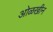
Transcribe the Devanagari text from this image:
ओळखीन